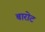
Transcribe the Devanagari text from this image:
बारोट